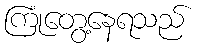
ကြုံတွေ့နေရသည်